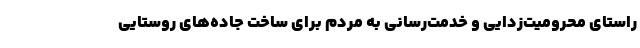
راستای محرومیت‌زدایی و خدمت‌رسانی به مردم برای ساخت جاده‌های روستایی